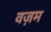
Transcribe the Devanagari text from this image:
वज़म